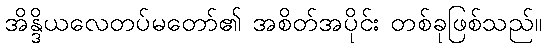
အိန္ဒိယလေတပ်မတော်၏ အစိတ်အပိုင်း တစ်ခုဖြစ်သည်။